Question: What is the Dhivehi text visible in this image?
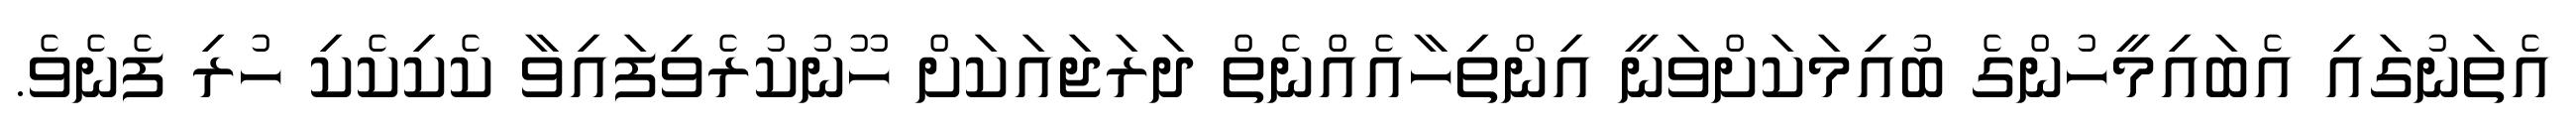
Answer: އެތަނުގައި އެބައިމީހުންގެ ބުއިމަކަށްވަނީ އިންތިހާއެއްނެތް ދަރަޖައަކަށް ހޫނުކުރެވިފައިވާ ކެކިކެކި ހުރި ފެނެވެ.